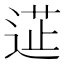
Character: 𮞟